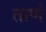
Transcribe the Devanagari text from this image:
तार्णं